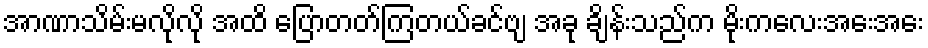
အာဏာသိမ်းမလိုလို အထိ ပြောတတ်ကြတယ်ခင်ဗျ အခု ချိန်းသည်က မိုးကလေးအေးအေး